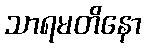
သာရမတိနော